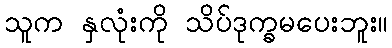
သူက နှလုံးကို သိပ်ဒုက္ခမပေးဘူး။